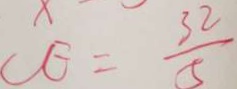
C E = \frac { 3 2 } { 5 }